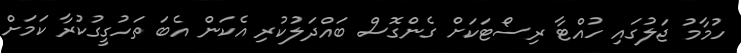
ހުމާމު ޖަލުގައި ހުއްޓާ ރިސޯޓަކަށް ގެންގޮސް ބައްދަލުކުރި އެކަން އެބަ ތަހުގީގުކުރާ ކަމަށް